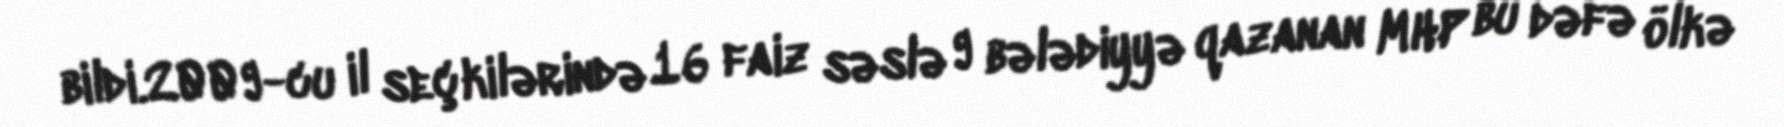
bildi.2009-cu il seçkilərində 16 faiz səslə 9 bələdiyyə qazanan MHP bu dəfə ölkə